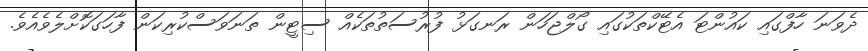
ދެވަނަ ހާފްގައި ކައުންޓަ އެޓޭކްތަކުގައި ގޯލްޖަހަން ރަނގަޅު ފުރުސަތުތަކެއް ސިޓީން ތަނަވަސްކުރިކަން ފާހަގަކޮށްލެވެއެވެ.